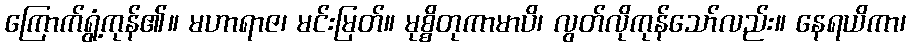
ကြောက်ရွံ့ကုန်၏။ မဟာရာဇ၊ မင်းမြတ်။ မုစ္စိတုကာမာပိ၊ လွတ်လိုကုန်သော်လည်း။ နေရယိကာ၊